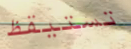
تستيقظ